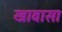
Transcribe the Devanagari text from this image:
खावासा